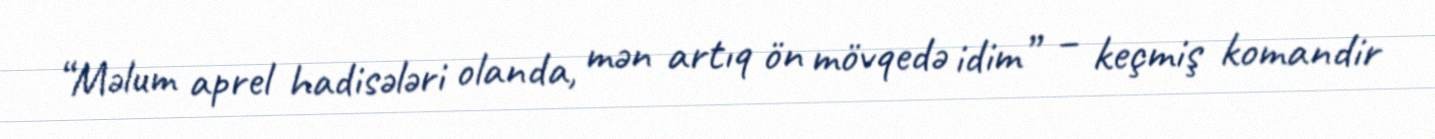
“Məlum aprel hadisələri olanda, mən artıq ön mövqedə idim” – keçmiş komandir